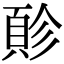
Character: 䪾